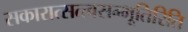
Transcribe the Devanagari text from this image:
सकारात्सत्त्वसम्भूतिरिति